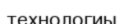
технологиы